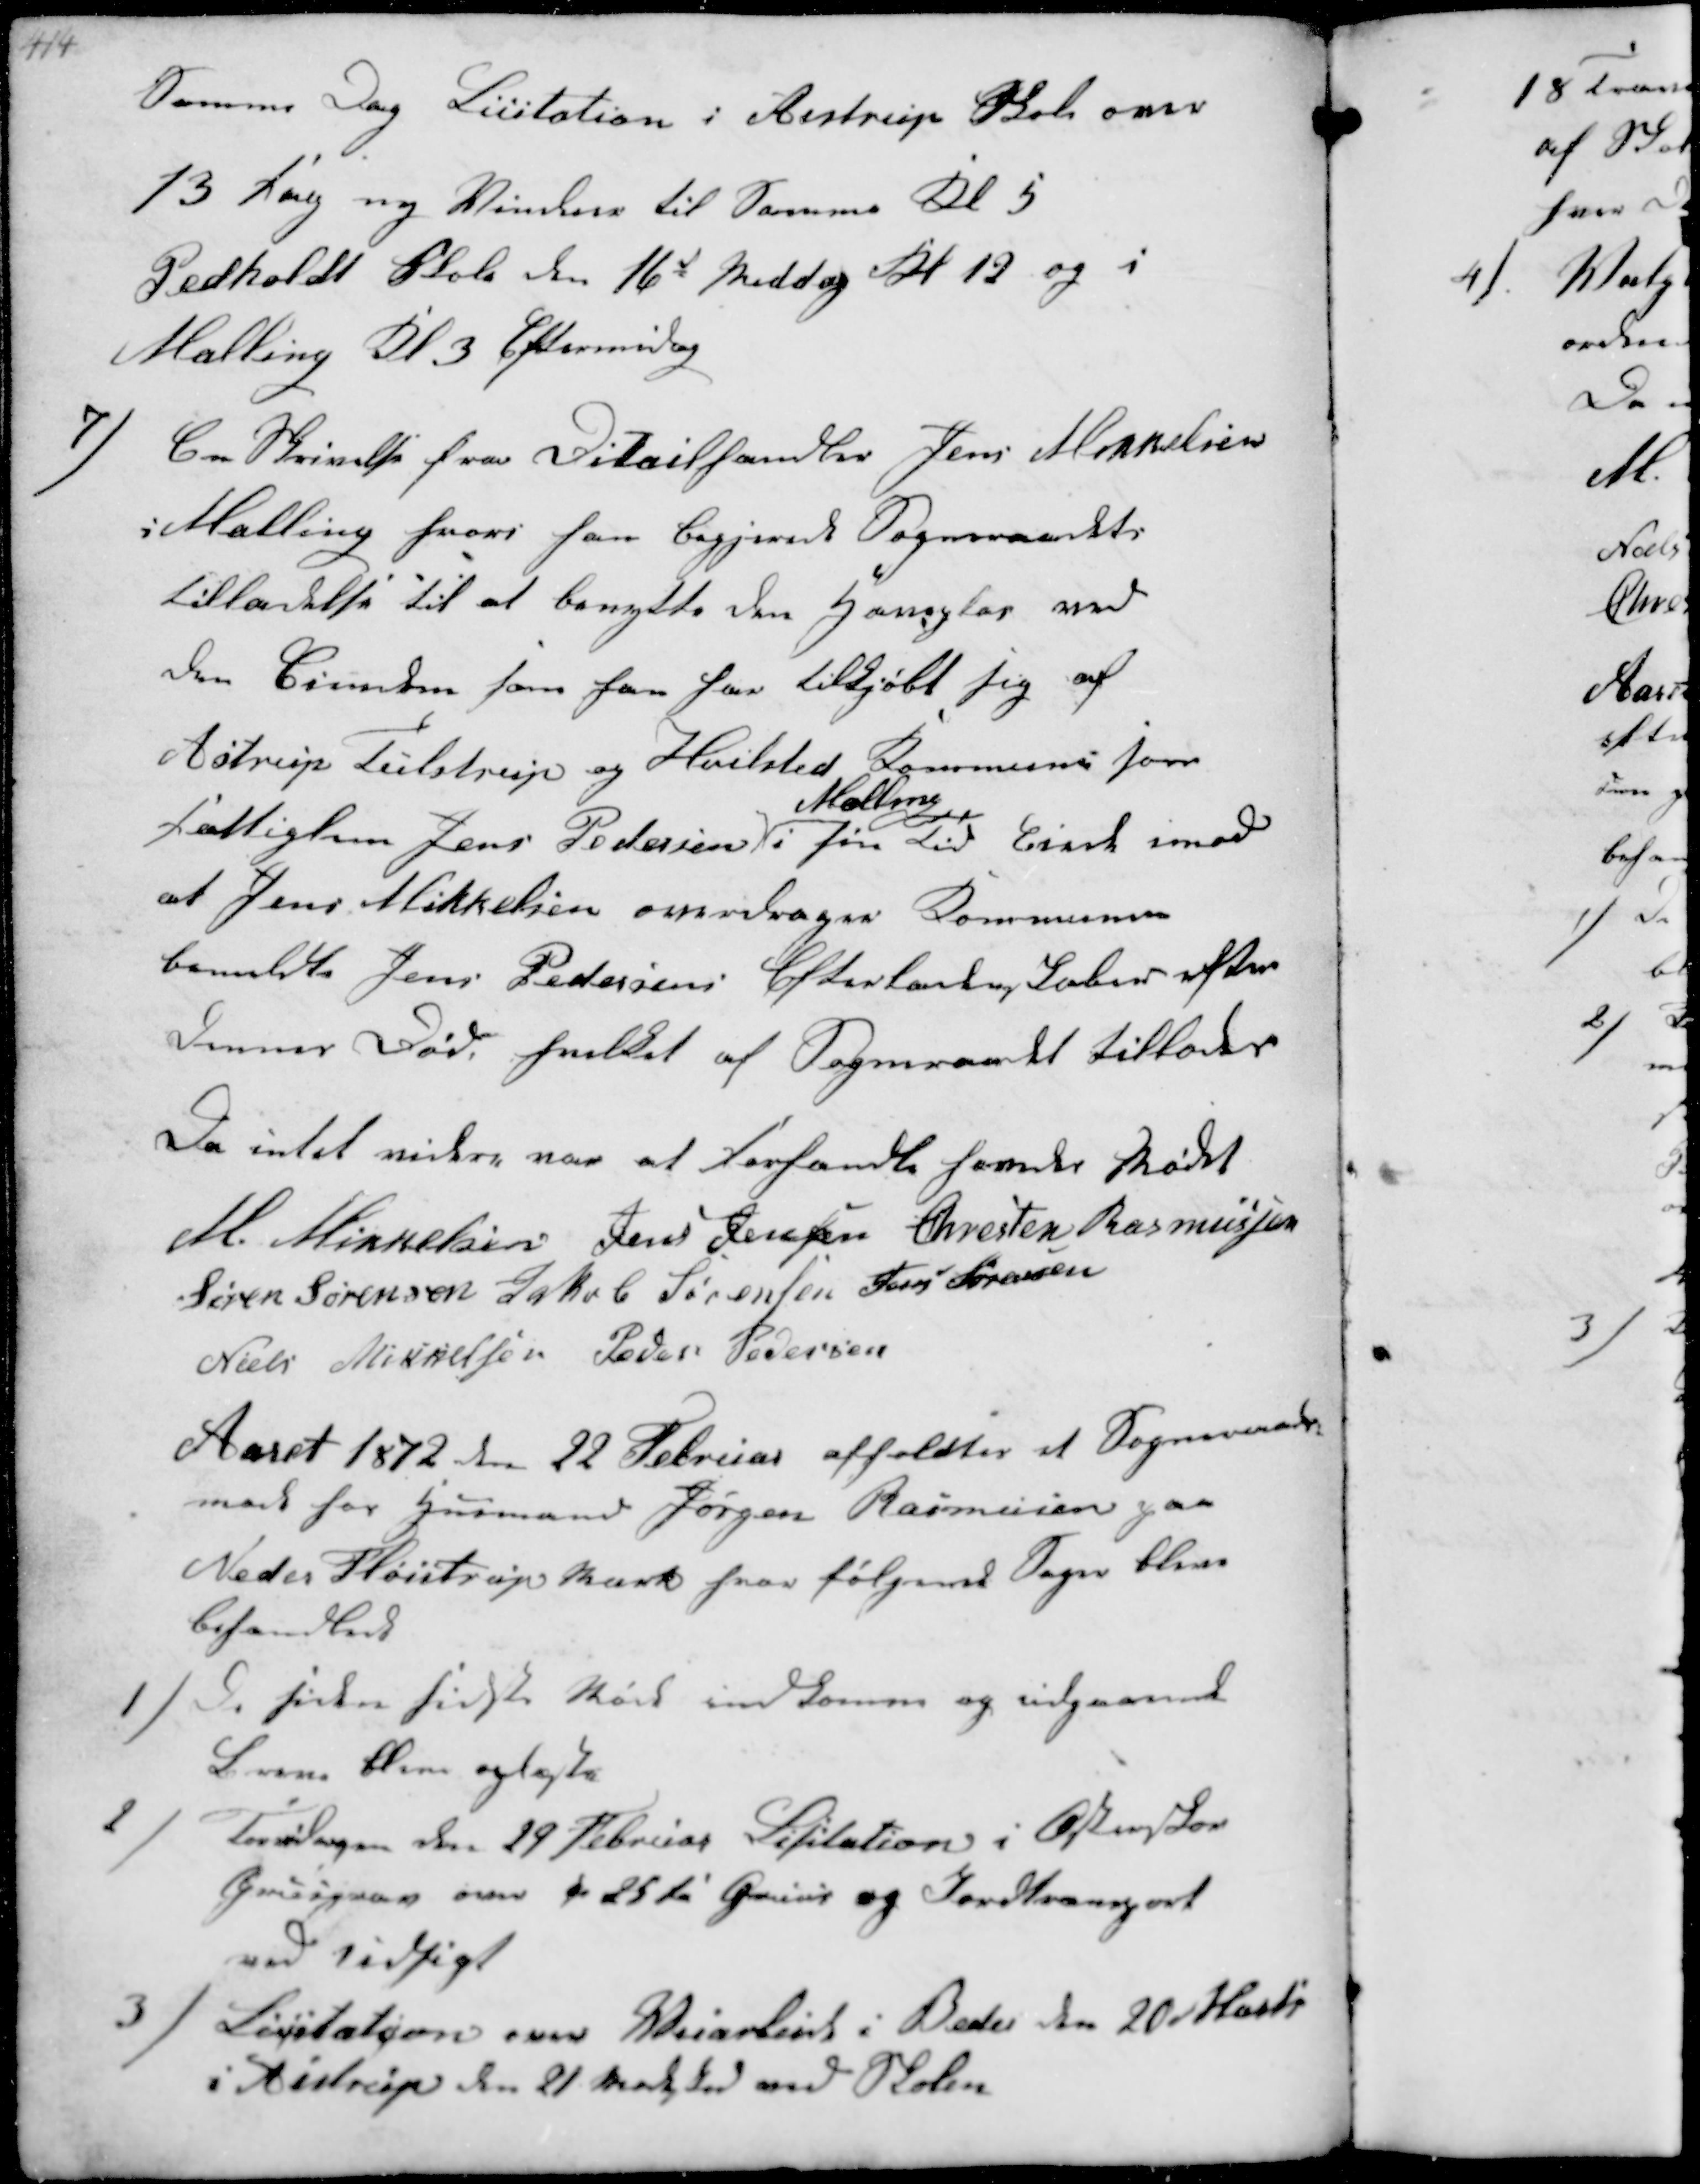
Transskription:
Samme Dag Licitation i Aistrup Skole over
13 Fag ny Vinduer til Samme Kl 5
Pedholdt Skole den 16d Middag Kl 12 og i
Malling Kl 3 Eftermidag

7/
En Skrivelse fra Ditailhandler Jens Mikkelsen
Malling hvori han begjærede Sogneraadets
tilladelse til at benytte den  ved
Den Eiendom som han har tilkjøbt sig af
Astrup Tulstrup og Hvilsted Kommune for
Fattiglem Jens Pedersen
Malling
i sin Tid  imod
at Jens Mikkelsen overdragen Kommunen
bemeldte Jens Pedersens Efterladenskaber efter
dennes Død hvilket af Sogneraadet tillodes
Da intet videre var at forhandle hævedes Mødet
M. Mikkelsen Jens Jensen Chresten Rasmussen
Søren Sørensen Jakob Sørensen Jens Sørensen
Niels Mikkelsen Peder Pedersen

Aaret 1872 den 22 Februar afholdtes et Sogneraads-
møde hos Husmand Jørgen Rasmussen paa
Neder Fløistrup Mark hvor følgende Sager blev
behandlede

1/
De siden sidste Møde indkomne og udgaaende
Breve bleve oplæste

2/
Torsdagen den 29 Februar Licitation i Østerskov
Grusgrav over ca 25 Læs Grus og Jordtransport
ved Tidsigt

3) Licitation over Vejarbejde i Beder den 20 Marts
i Aistrup den 21 Marts Ind ved Skolen